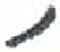
אות: ,